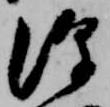
源